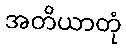
အတိယာတုံ